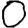
Digit: 0